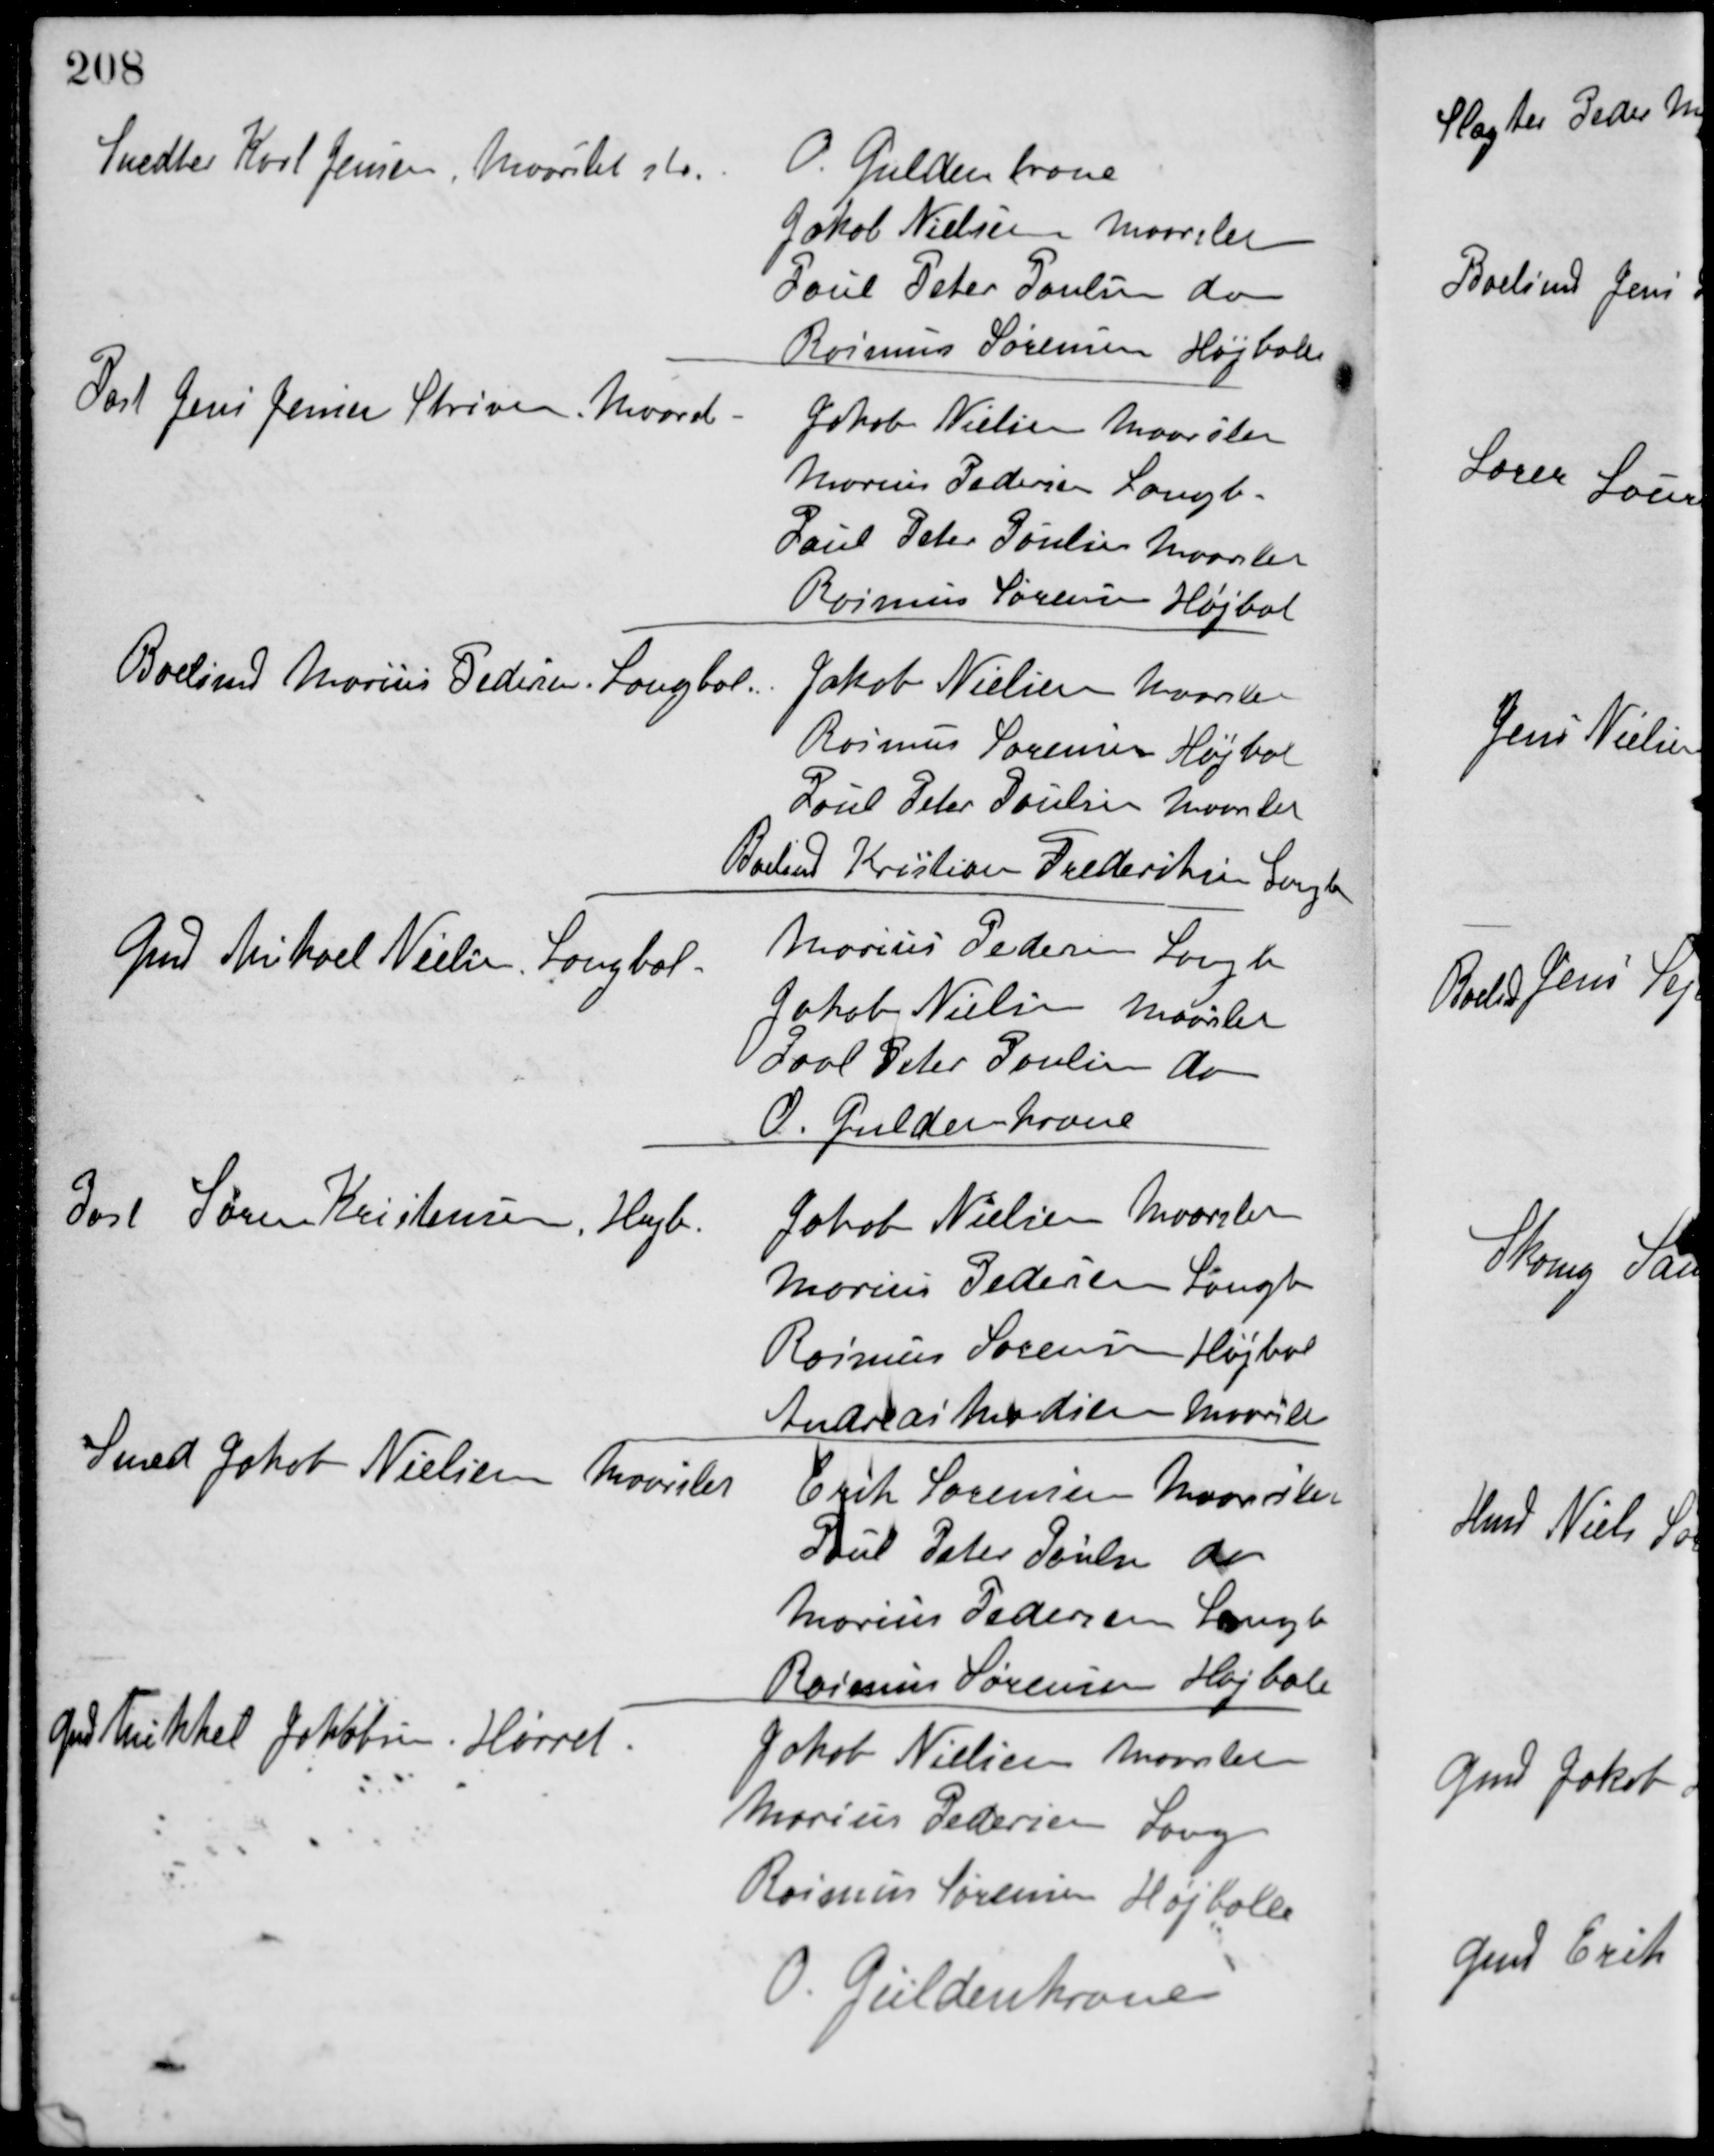
Transskription:
Snedker Karl Jensen, Maarslet st
O Guldenkrone
Jakob Nielsen Maarslet
Poul Peter Poulsen do
Rasmus Sørensen Højballe
Post Jens Jensen Skriver Maarsle
Jakob Nielsen Maarslet
Marius Pedersen Langb
Poul Peter Poulsen Maarslet
Rasmus Sørensen Højbal
Boelsmd Marius Pedersen Langbal
Jakob Nielsen Maarslet
Rasmus Sørensen Højbal
Poul Peter Poulsen Maarslet
Boelsmd Kristian Frederiksen Langb
Gmd Mikael Nielsen Langbal
Marius Pedersen Langb
Jakob Nielsen Maarslet
Povl Peter Poulsen do
O. Guldenkrone
Post Søren Kristensen, Højb.
Jakob Nielsen Maarslet
Marius Pedersen Langb
Rasmus Sørensen Højbal
Andreas Madsen Maarslet
Smed Jakob Nielsen Maarslet
Erik Sørensen Maarslet
Poul Peter Poulsen do
Marius Pedersen Langb
Rasmus Sørensen, Højbale
Gmd Mikkel Jakobsen, Hørret
Jakob Nielsen Maarslet
Marius Pedersen Lang
Rasmus Sørensen Højballe
O. Güldenkrone